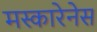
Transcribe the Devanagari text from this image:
मस्कारेनेस